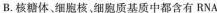
B.核糖体、细胞核，细胞质基质中都含有RNA